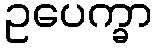
ဥပေက္ခာ